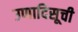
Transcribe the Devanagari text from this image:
उणादिसूची